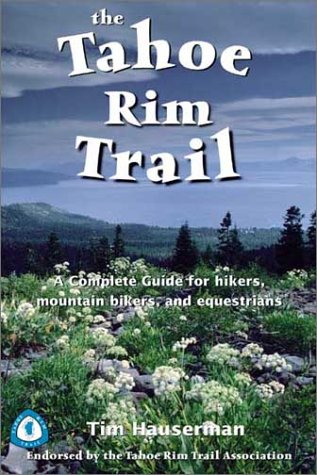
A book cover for The Tahoe Rim Trail: A Complete Guide for Hikers, Mountain Bikers, and Equestrians; Tim Hauserman; Travel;